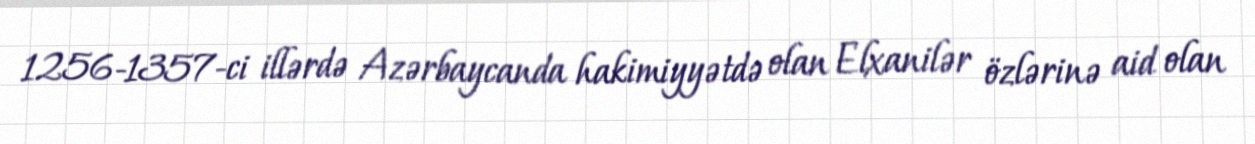
1256-1357-ci illərdə Azərbaycanda hakimiyyətdə olan Elxanilər özlərinə aid olan